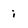
Character: i